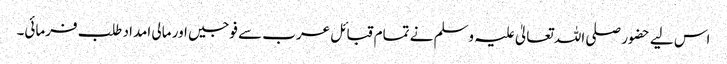
اس لیے حضور صلی اللہ تعالیٰ علیہ وسلم نے تمام قبائل عرب سے فوجیں اور مالی امداد طلب فرمائی۔